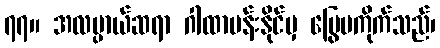
၇၇။ အလမ္ပာယ်ဆရာ ဂါထာမန်းနိုင်မှ မြွေမကိုက်သည်၊